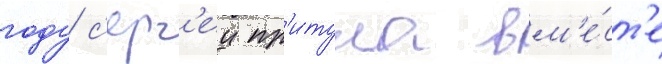
году с'ерг'еи пр'итула вм'е́ст'е